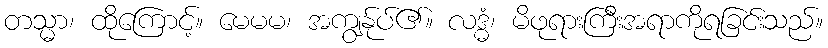
တသ္မာ၊ ထိုကြောင့်။ မေမမ၊ အကျွန်ုပ်၏။ လဒ္ဓံ၊ မိဖုရားကြီးအရာကိုရခြင်းသည်။